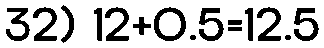
32) 12+0.5=12.5